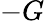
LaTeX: -G